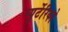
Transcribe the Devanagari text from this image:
प्यूर्टेरिको